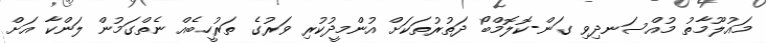
މައުލޫމާތު މުއްސަނދިވި ގަން-ކޮލޮމްބޯ ދަތުރުތަކަށް އުންމީދުކުރި ވަރުގެ ތަރުހީބެއް ނެތްގަމުން ލަންކާ އަށް